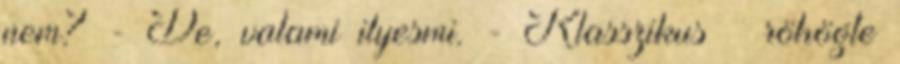
nem? - De, valami ilyesmi. - Klasszikus – röhögte